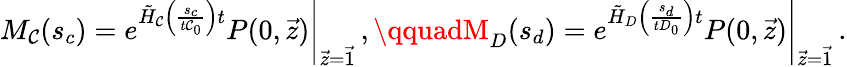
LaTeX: M_{\mathcal{C}}(s_{c})=\left.e^{\tilde{{H}}_{\mathcal{C}}\left(\frac{{s_{c}}}{{t\mathcal{C}_{0}}}\right)t}P(0,\vec{{z}})\right|_{\vec{{z}}=\vec{{1}}}\, ,\qquadM_{D}(s_{d})=\left.e^{\tilde{{H}}_{D}\left(\frac{{s_{d}}}{{tD_{0}}}\right)t}P(0,\vec{{z}})\right|_{\vec{{z}}=\vec{{1}}}\, .